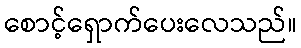
စောင့်ရှောက်ပေးလေသည်။